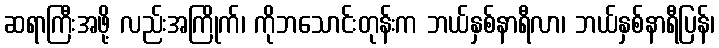
ဆရာကြီးအဖို့ လည်းအကြိုက်၊ ကိုဘသောင်းတုန်းက ဘယ်နှစ်နာရီလာ၊ ဘယ်နှစ်နာရီပြန်၊